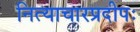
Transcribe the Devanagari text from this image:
नित्याचारप्रदीपः